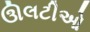
ઊલટીઓ